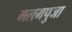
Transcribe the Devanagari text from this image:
मलमपुजा